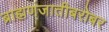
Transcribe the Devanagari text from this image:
ब्राह्मणजातीबरोबर